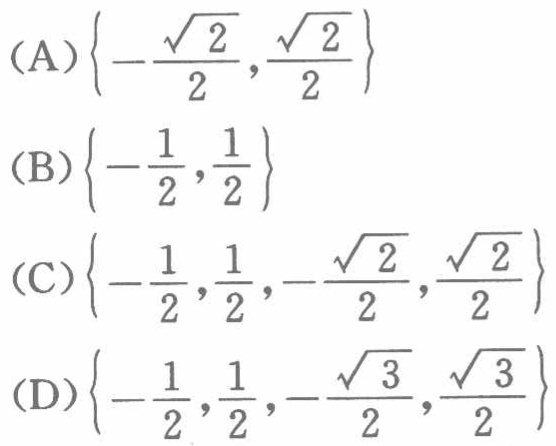
(A)\(\left\{-\frac{\sqrt{2}}{2},\frac{\sqrt{2}}{2}\right\}\)
(B)\(\left\{-\frac{1}{2},\frac{1}{2}\right\}\)
(C)\(\left\{-\frac{1}{2},\frac{1}{2},-\frac{\sqrt{2}}{2},\frac{\sqrt{2}}{2}\right\}\)
(D)\(\left\{-\frac{1}{2},\frac{1}{2},-\frac{\sqrt{3}}{2},\frac{\sqrt{3}}{2}\right\}\)